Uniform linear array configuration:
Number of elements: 24
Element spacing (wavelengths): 0.75
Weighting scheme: exponential
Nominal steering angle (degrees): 45
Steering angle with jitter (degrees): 46.297
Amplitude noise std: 0.05
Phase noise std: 0.05

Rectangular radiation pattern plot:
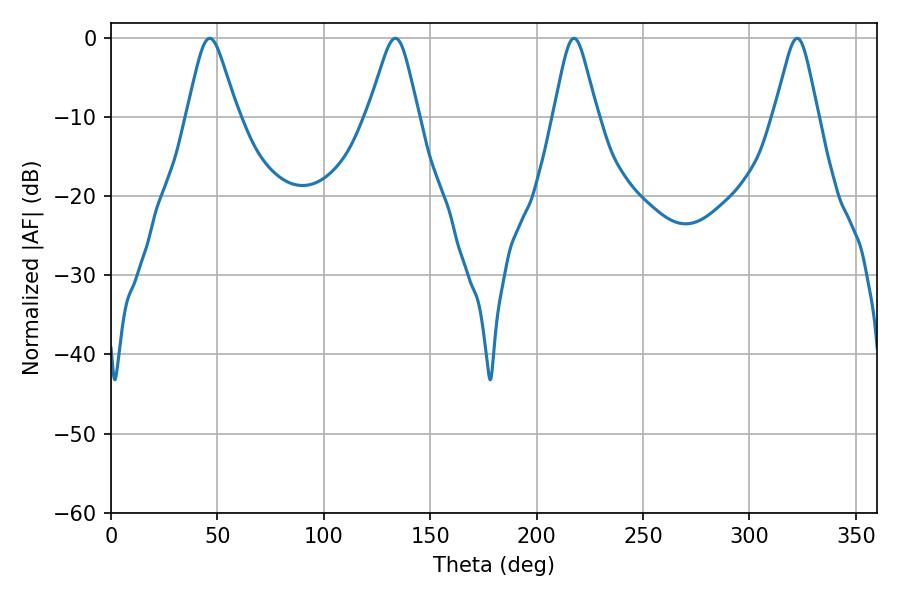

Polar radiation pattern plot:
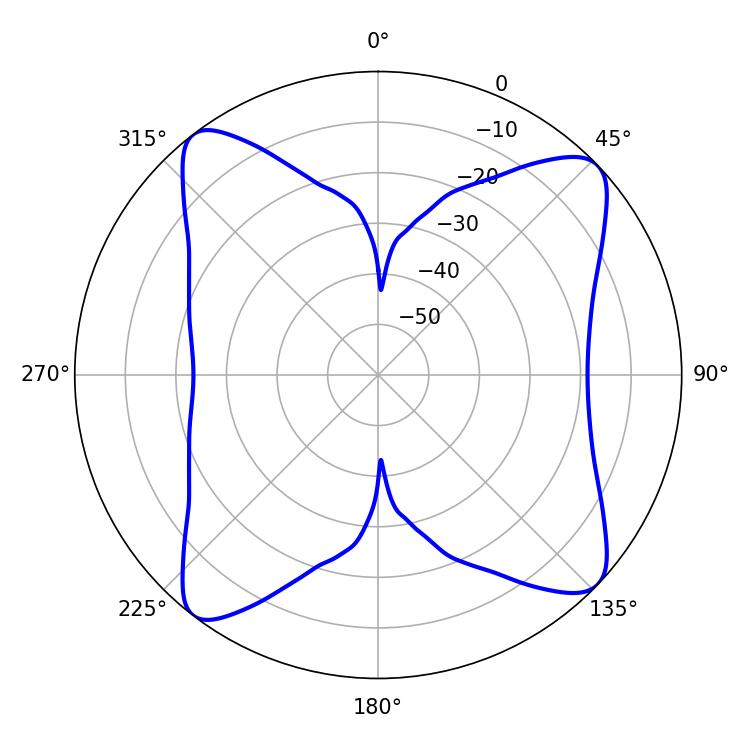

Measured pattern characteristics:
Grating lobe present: TRUE
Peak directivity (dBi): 12.968
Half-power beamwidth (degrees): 11.34
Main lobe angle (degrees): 46.44